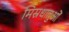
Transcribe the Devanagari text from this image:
मिस्रधातुओं